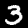
Label: 3